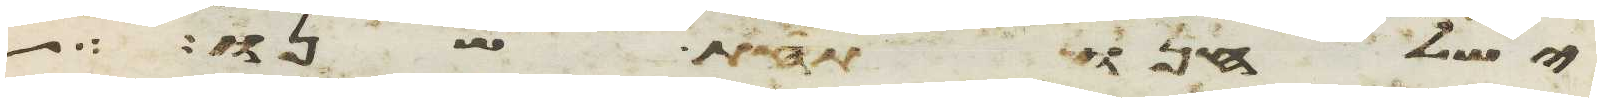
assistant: ישלחנו תחת שנו